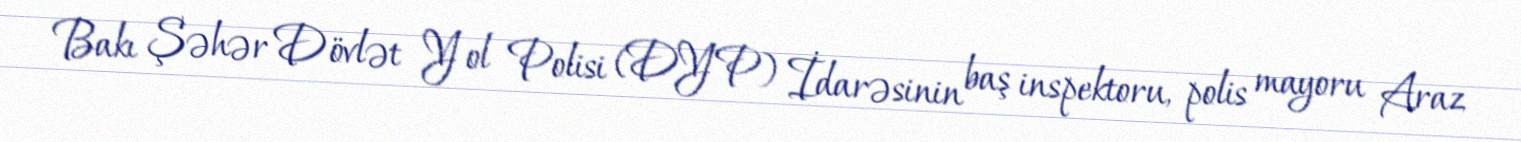
Bakı Şəhər Dövlət Yol Polisi (DYP) İdarəsinin baş inspektoru, polis mayoru Araz